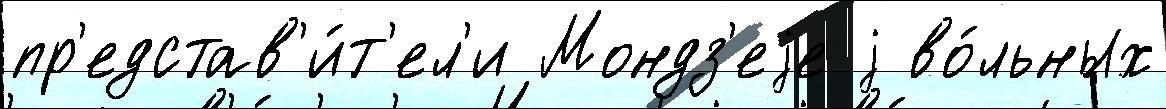
пр'едстав'и́т'ел'и Мондз'еjе j во́льных